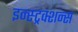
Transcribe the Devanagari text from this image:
इन्स्ट्रक्शन्स